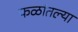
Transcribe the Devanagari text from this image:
फळांतल्या